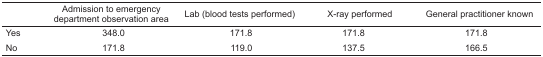
<table><thead><tr><td></td><td><b>Admission to emergency department observation area</b></td><td><b>Lab (blood tests performed)</b></td><td><b>X-ray performed</b></td><td><b>General practitioner known</b></td></tr></thead><tbody><tr><td>Yes</td><td>348.0</td><td>171.8</td><td>171.8</td><td>171.8</td></tr><tr><td>No</td><td>171.8</td><td>119.0</td><td>137.5</td><td>166.5</td></tr></tbody></table>